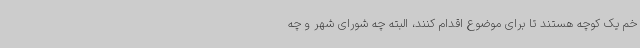
خم یک کوچه هستند تا برای موضوع اقدام کنند، البته چه شورای شهر و چه